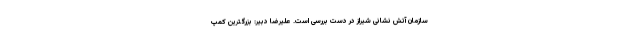
سازمان آتش نشانی شیراز در دست بررسی است. علیرضا دبیر: بزرگترین کمپ